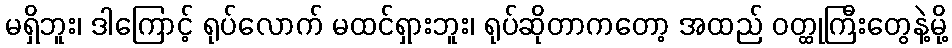
မရှိဘူး၊ ဒါကြောင့် ရုပ်လောက် မထင်ရှားဘူး၊ ရုပ်ဆိုတာကတော့ အထည် ဝတ္ထုကြီးတွေနဲ့မို့